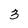
Character: 3